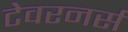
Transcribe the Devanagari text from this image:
टेवरनर्स